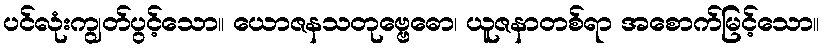
ပင်လုံးကျွတ်ပွင့်သော။ ယောဇနသတုဗ္ဗေဓော၊ ယူဇနာတစ်ရာ အစောက်မြင့်သော။